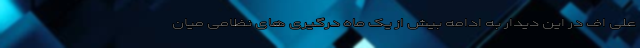
علی اف در این دیدار به ادامه بیش از یک ماه درگیری های نظامی میان